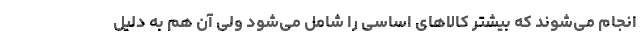
انجام می‌شوند که بیشتر کالاهای اساسی را شامل می‌شود ولی آن هم به دلیل